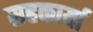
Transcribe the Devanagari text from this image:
सहकार्या